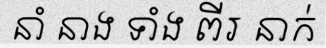
នាំ នាង ទាំង ពីរ នាក់